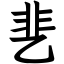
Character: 㐟